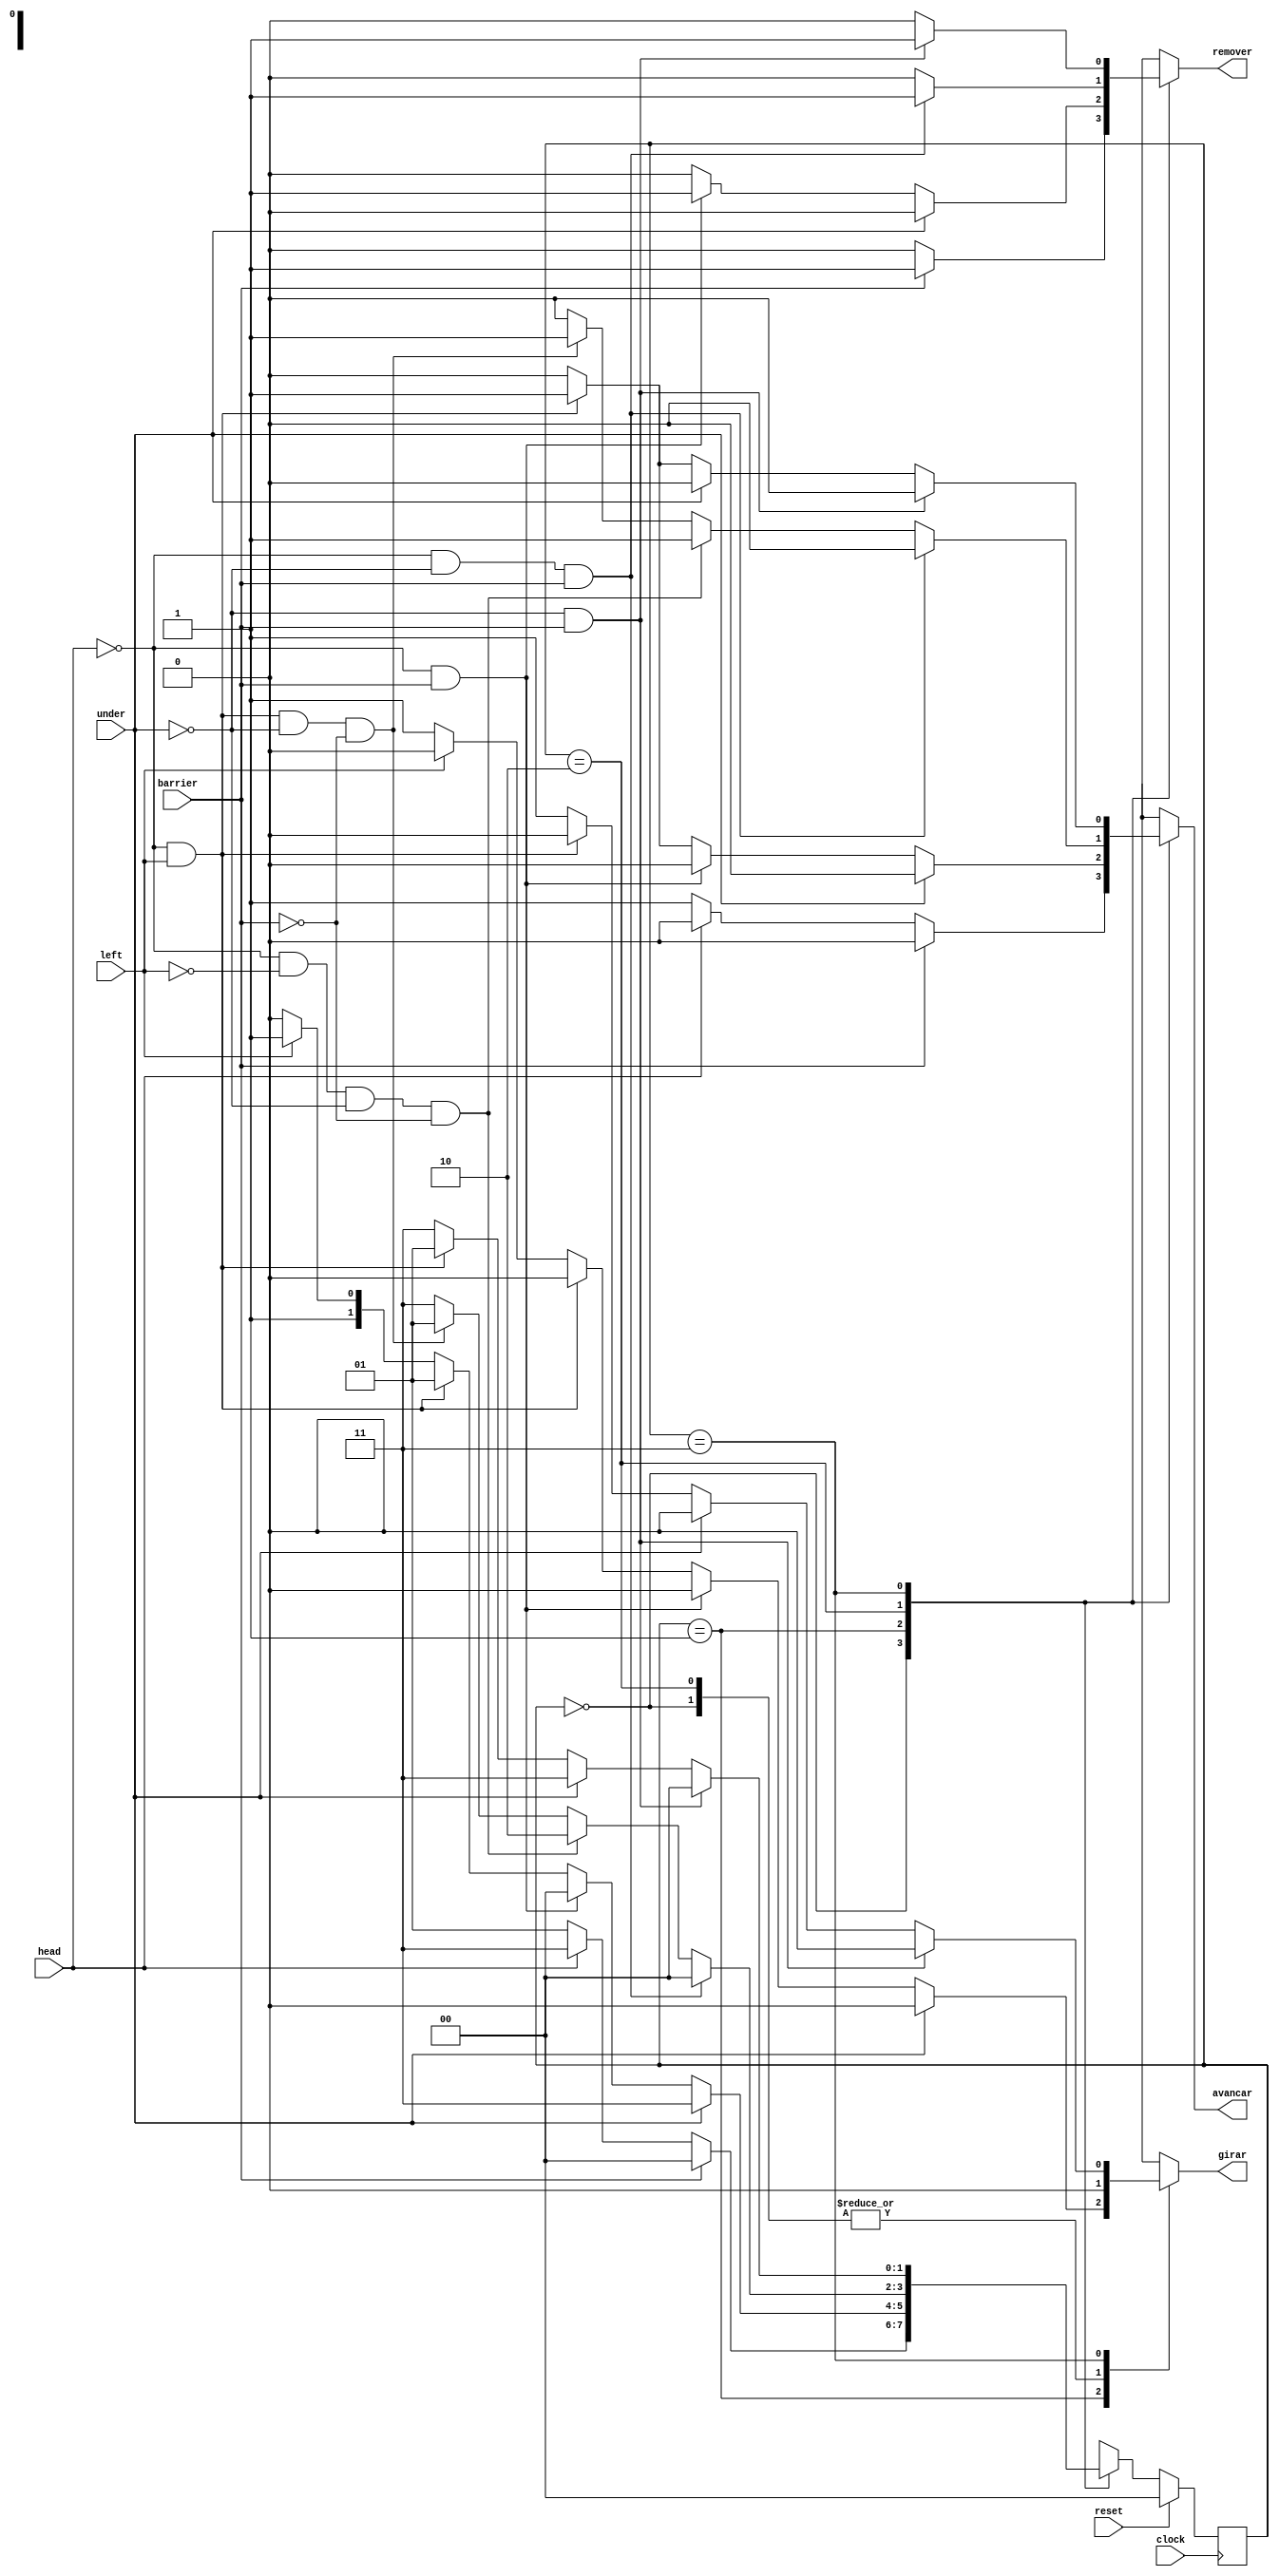
module Robo (clock, reset, head, left, under, barrier, avancar, girar, remover);
  input clock, reset, head, left, under, barrier;
  output reg avancar, girar, remover;
 
  reg [1:0] EstadoAtual, EstadoFuturo;
 
  parameter
    Iniciando = 3'b000,
    Seguindo = 3'b001,
    AcompanharEsq = 3'b010,
    MeiaVolta = 3'b011,
    Remover1 = 3'b100,
    Remover2 = 3'b101,
    Remover3 = 3'b110,
    StandBy = 3'b111;
    
 
  always @ (negedge clock)
 
  begin
    if(reset)    
      EstadoAtual <= Iniciando;
    else
      EstadoAtual <= EstadoFuturo;
  end
 
  
  always @ (!head or !left or !under or !barrier or EstadoAtual)

  begin
    EstadoFuturo = Iniciando;
    avancar = 1'b1;
    girar = 1'b0;
    remover = 1'b0;
   
    case (EstadoAtual)
     
      Iniciando: begin
          if(barrier) begin
            EstadoFuturo = Remover1;
            avancar = 1'b0;
            girar = 1'b0;
            remover = 1'b1;
			 end
          else if(!head) begin
	         EstadoFuturo = Seguindo;
            avancar = 1'b1;
            girar = 1'b0;
            remover = 1'b0;
			 end
          else begin
            EstadoFuturo = StandBy;
            avancar = 1'b0;
            girar = 1'b0;
            remover = 1'b0;
			 end
        end
      
      Seguindo:
        begin
          if(under) begin
            EstadoFuturo = StandBy;
            avancar = 1'b0;
            girar = 1'b0;
            remover = 1'b0;
			 end
          else if(!head && barrier) begin
            EstadoFuturo = Remover1;
            avancar = 1'b0;
            girar = 1'b0;
            remover = 1'b1;
			 end
          else if(!head && left) begin
            EstadoFuturo = Seguindo;
            avancar = 1'b1;
            girar = 1'b0;
            remover = 1'b0;
		    end
          else if(!left) begin
            EstadoFuturo = AcompanharEsq;
            avancar = 1'b0;
            girar = 1'b1;
            remover = 1'b0;
		    end
          else begin
            EstadoFuturo = StandBy;
            avancar = 1'b0;
            girar = 1'b0;
            remover = 1'b0;
		    end
        end

      AcompanharEsq:
        begin
          if(!head && !under && barrier) begin
            EstadoFuturo = Remover1;
            avancar = 1'b0;
            girar = 1'b0;
            remover = 1'b1;
		    end
          else if(!head && !left && !under && !barrier) begin
            EstadoFuturo = AcompanharEsq;
            avancar = 1'b1;
            girar = 1'b0;
            remover = 1'b0;
		    end
          else if(!head && left && !under && !barrier) begin
            EstadoFuturo = Seguindo;
            avancar = 1'b1;
            girar = 1'b0;
            remover = 1'b0;
		    end
          else begin
            EstadoFuturo = StandBy;
            avancar = 1'b0;
            girar = 1'b0;
            remover = 1'b0;
		    end
        end

      MeiaVolta:
        begin
          if(!under && barrier) begin
            EstadoFuturo = Remover1;
            avancar = 1'b0;
            girar = 1'b0;
            remover = 1'b1;
		    end
          else if(!under) begin
            if(!head && left) begin
              EstadoFuturo = Seguindo;
              avancar = 1'b1;
              girar = 1'b0;
              remover = 1'b0;
		      end
            else begin
              EstadoFuturo = MeiaVolta;
              avancar = 1'b0;
              girar = 1'b1;
              remover = 1'b0;
		      end
			 end
          else begin
            EstadoFuturo = StandBy;
            avancar = 1'b0;
            girar = 1'b0;
            remover = 1'b0;
		    end
        end

      Remover1:
        begin
          if(!head && barrier) begin
            EstadoFuturo = Remover2;
            avancar = 1'b0;
            girar = 1'b0;
            remover = 1'b1;
		    end
          else begin
            EstadoFuturo = StandBy;
            avancar = 1'b0;
            girar = 1'b0;
            remover = 1'b0;
		    end
        end

      Remover2:
        begin
          if(!head && barrier) begin
            EstadoFuturo = Remover3;
            avancar = 1'b0;
            girar = 1'b0;
            remover = 1'b1;
		    end
          else begin
            EstadoFuturo = StandBy;
            avancar = 1'b0;
            girar = 1'b0;
            remover = 1'b0;
		    end
        end

      Remover3:
        begin
          if(!head && barrier) begin
            EstadoFuturo = Remover3;
            avancar = 1'b0;
            girar = 1'b0;
            remover = 1'b1;
		    end
          else if(!left) begin
            EstadoFuturo = AcompanharEsq;
            avancar = 1'b0;
            girar = 1'b1;
            remover = 1'b0;
		    end
          else if(!head) begin
            EstadoFuturo = Seguindo;
            avancar = 1'b1;
            girar = 1'b0;
            remover = 1'b0;
		    end
          else begin
            EstadoFuturo = StandBy;
            avancar = 1'b0;
            girar = 1'b0;
            remover = 1'b0;
		    end
        end
		 
		 StandBy:
			begin
           EstadoFuturo = StandBy;
           avancar = 1'b0;
           girar = 1'b0;
           remover = 1'b0;
			end


    endcase
 
  end

endmodule